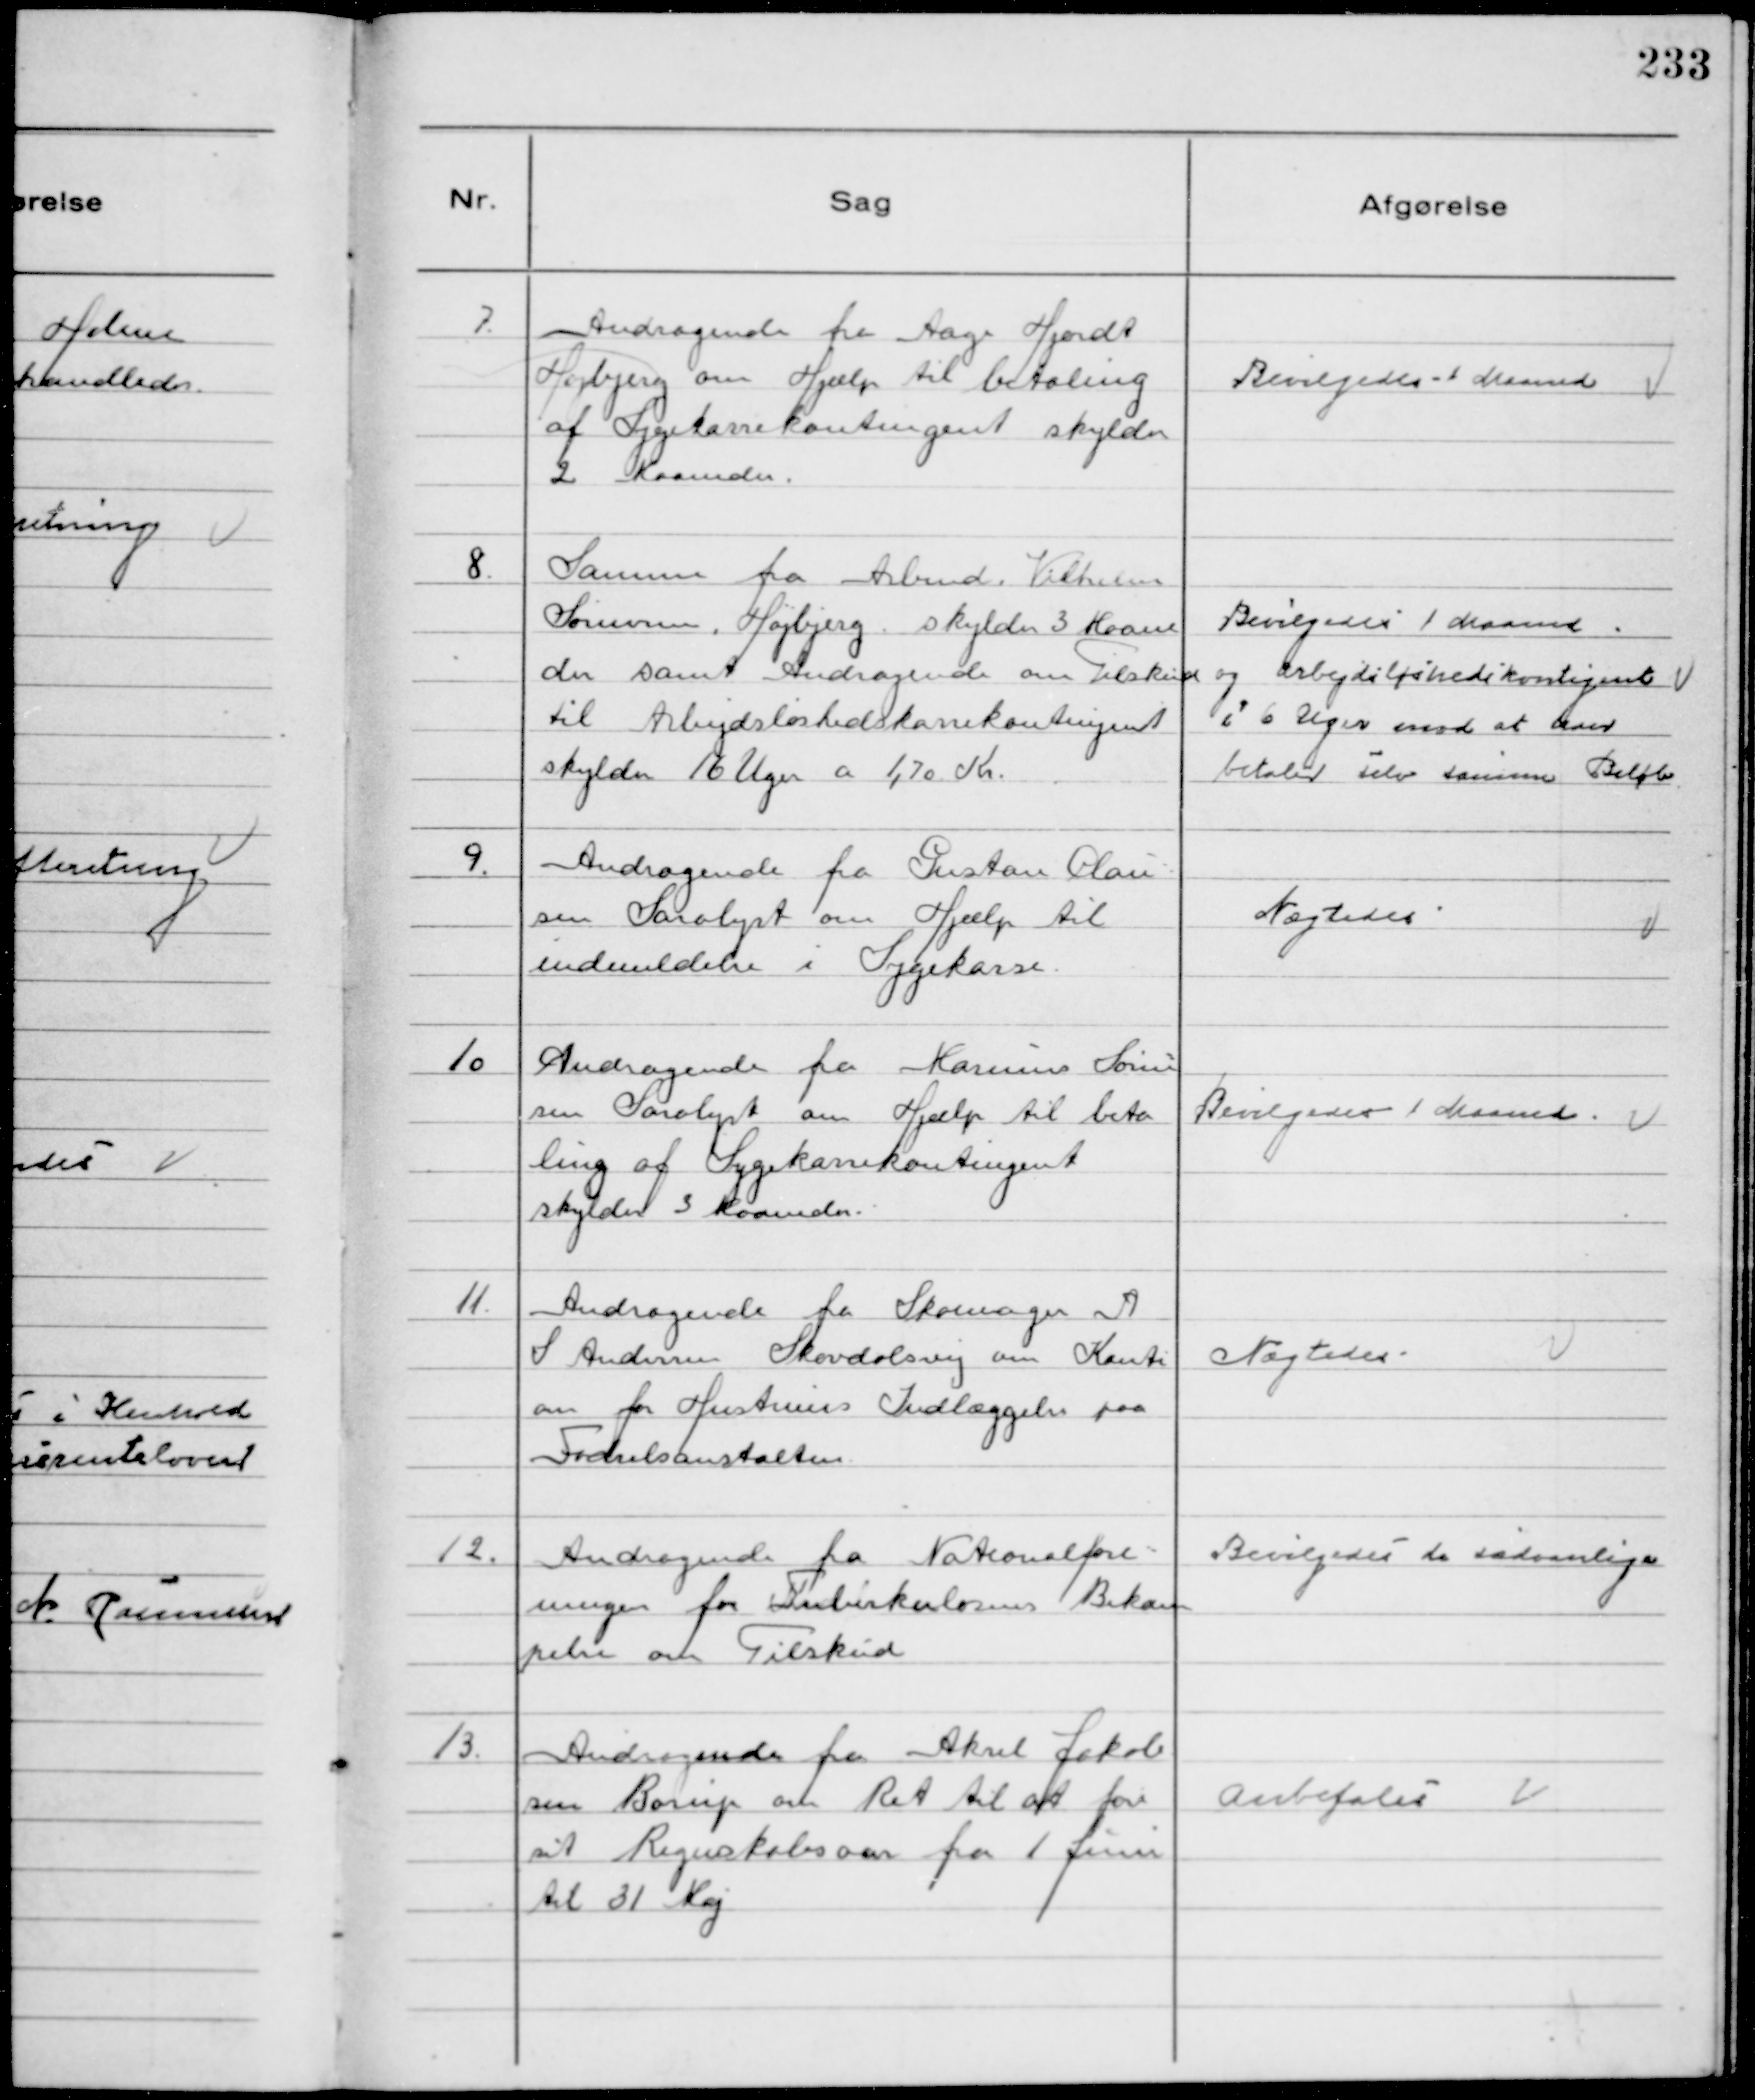
Transskription:
7.
Andragende fra Aage Hjordt
Højbjerg om Hjælp til betaling
af Sygekassekontingent skylder 
2 Maaneder.

Bevilgedes 1 Maaned

8.
Samme fra Arbmd. Vilhelm
Sørensen, Højbjerg. skylder 3 Maane
der samt Andragende om Tilskud
til Arbejdsløshedskassekontingent
skylder 16 Uger a 1,70 Kr.

Bevilgedes 1 Maaned
og arbejdsløshedskontigent
i 6 Uger mod at han
betaler selv samme Beløb

9.
Andragende fra Gustav Clau-
sen Saralyst om Hjælp til
indmeldelse i Sygekasse.

Nægtedes

10
Andragende fra Marinus Søren-
sen Saralyst om Hjælp til beta
ling af Sygekassekontingent
skylder 3 Maaneder.

Bevilgedes 1 Maaned.

11.
Andragende fra Skomager A
S Andersen Skovdalsvej om Konti
on for Hustruens Indlæggelse paa
Fødselsanstalten.

Nægtedes

12.
Andragende fra Nationalfore-
ningen for Tuberkulosens Bekæm
pelse om Tilskud

Bevilgedes de sædvanlige

13.
Andragende fra Aksel Jakob
sen Borup om Ret til at føre
sit Regnskabsaar fra 1 Juni
til 31 Maj

Anbefales